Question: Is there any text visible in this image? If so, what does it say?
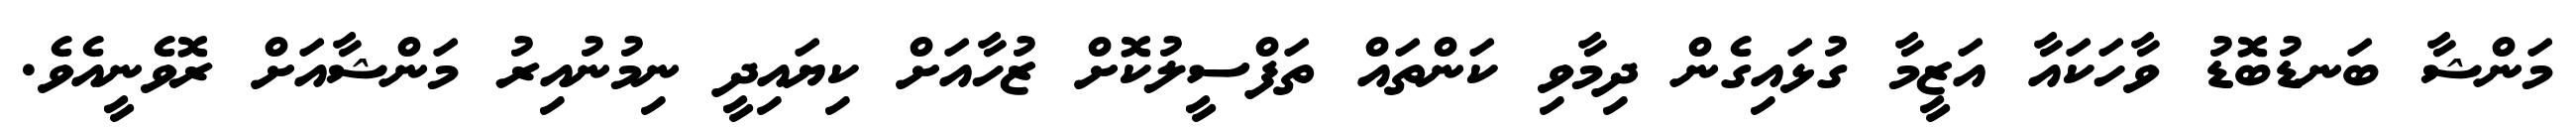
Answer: މަންޝާ ބަނޑުބޮޑު ވާހަކައާ އަޒީމާ ގުޅައިގެން ދިމާވި ކަންތައް ތަފްސީލުކޮށް ޒުހާއަށް ކިޔައިދީ ނިމުނުއިރު މަންޝާއަށް ރޮވެނީއެވެ.